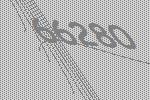
66280